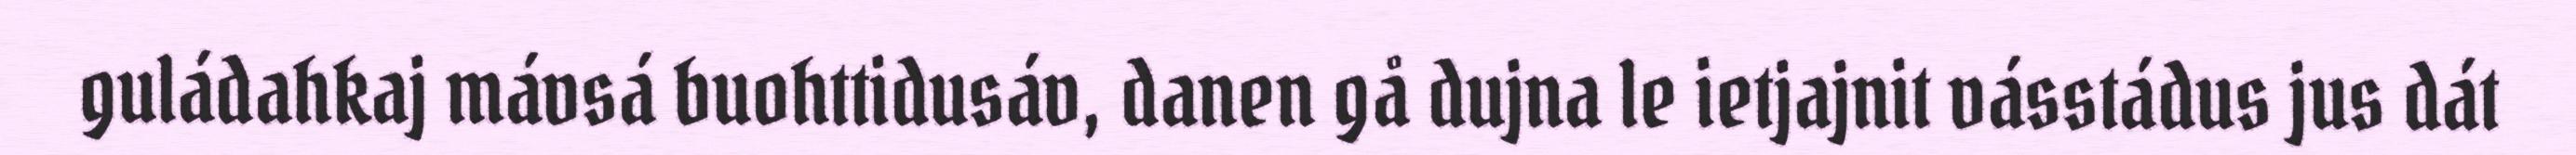
guládahkaj mávsá buohttidusáv, danen gå dujna le ietjajnit vásstádus jus dát